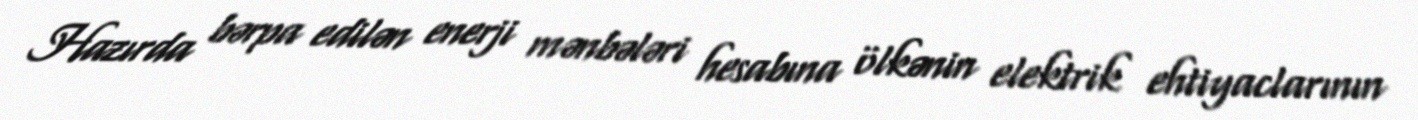
Hazırda bərpa edilən enerji mənbələri hesabına ölkənin elektrik ehtiyaclarının